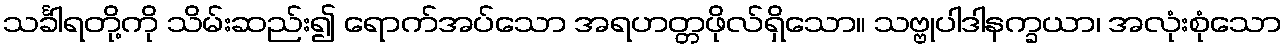
သင်္ခါရတို့ကို သိမ်းဆည်း၍ ရောက်အပ်သော အရဟတ္တဖိုလ်ရှိသော။ သဗ္ဗုပါဒါနက္ခယာ၊ အလုံးစုံသော